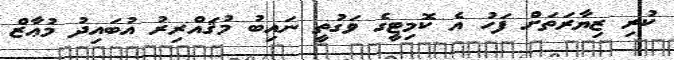
ކުރި ޒިޔާރަތަށް ފަހު އެ ކޮމިޓީގެ ވަގުތީ ނައިބު މުޤައްރިރު އުބައިދު މުޢާޒް